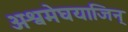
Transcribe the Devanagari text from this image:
अश्वमेघयाजिन्